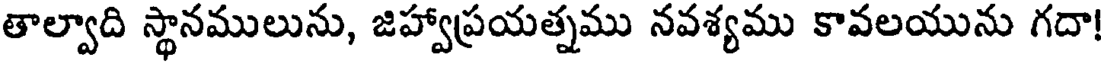
తాల్వాది స్థానములును, జిహ్వాప్రయత్నము నవశ్యము కావలయును గదా!